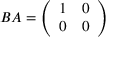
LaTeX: B A = { \left( \begin{array} { l l } { 1 } & { 0 } \\ { 0 } & { 0 } \end{array} \right) }